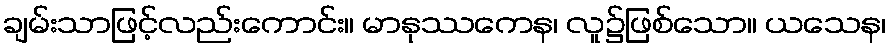
ချမ်းသာဖြင့်လည်းကောင်း။ မာနုဿကေန၊ လူ၌ဖြစ်သော။ ယသေန၊